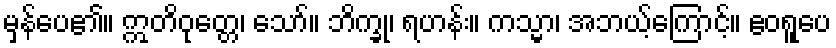
မှန်ပေ၏။ ဣတိဝုတ္တေ၊ သော်။ ဘိက္ခု၊ ရဟန်း။ ကသ္မာ၊ အဘယ့်ကြောင့်။ ဧဝရူပေ